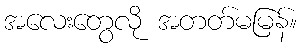
အလေးတွေလို အတတ်မမြန်။